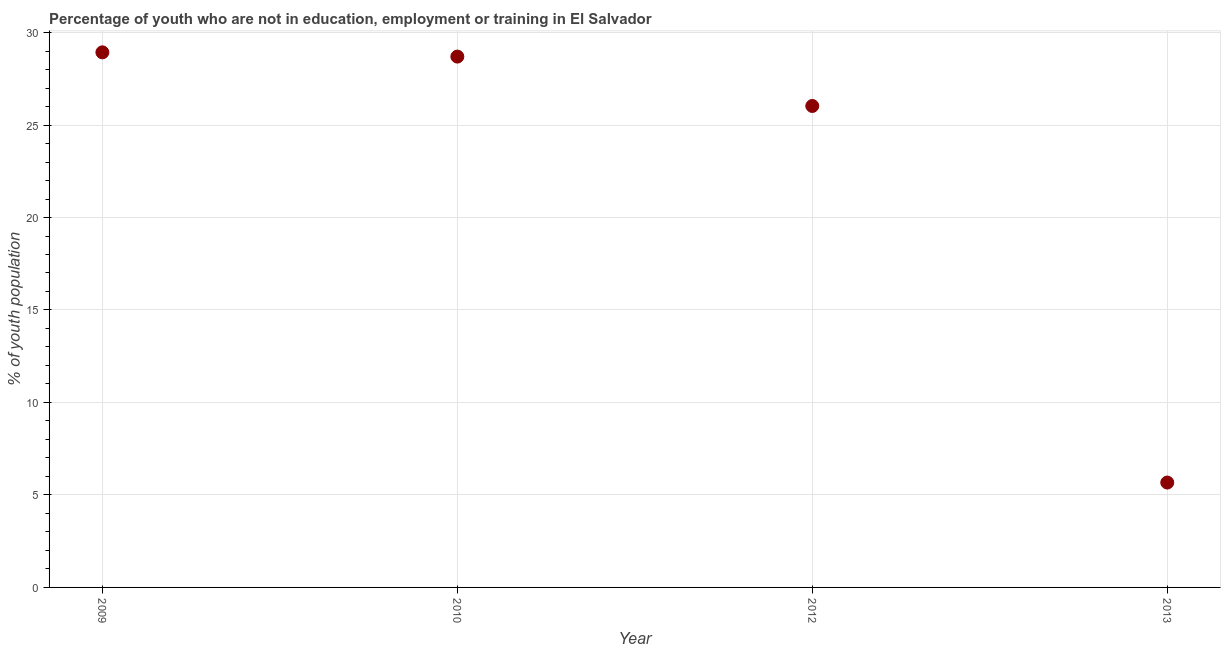
| Year | Unemployed youth |
 | --- | --- |
 | 2009 | 28.9 |
 | 2010 | 28.7 |
 | 2012 | 26 |
 | 2013 | 5.67 |